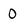
Character: 0